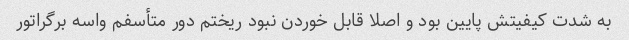
به شدت کیفیتش پایین بود و اصلا قابل خوردن نبود ریختم دور متأسفم واسه برگراتور